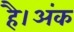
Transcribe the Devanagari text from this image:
है।अंक